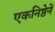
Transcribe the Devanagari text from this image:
एकनिष्ठेनें